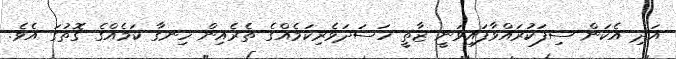
އަދި އެކަން ސިފަކުރައްވާފައިވަނީ ޒާތީ ހަސަދަވެރިކަމެއްގެ ތެރެއިން ހިނގާ ކަމެއްގެ ގޮތުގަ އެވެ.